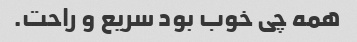
همه چی خوب بود سریع و راحت.